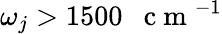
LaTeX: \omega_{j}>1500\mathrm{~~~c~m~}^{-1}